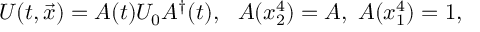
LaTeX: U ( t , \vec { x } ) = A ( t ) U _ { 0 } A ^ { \dagger } ( t ) , \ \ A ( x _ { 2 } ^ { 4 } ) = A , \ A ( x _ { 1 } ^ { 4 } ) = 1 ,